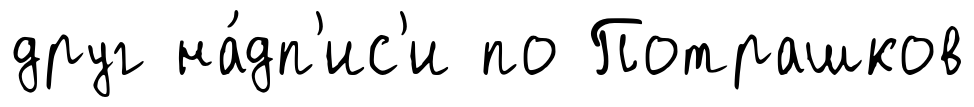
друг на́дп'ис'и по Потрашков